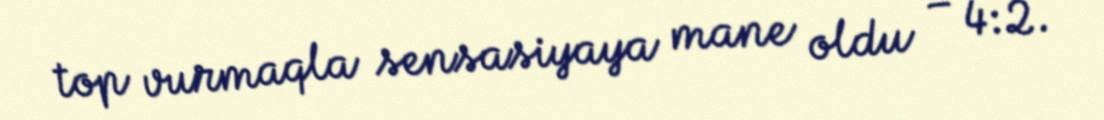
top vurmaqla sensasiyaya mane oldu – 4:2.